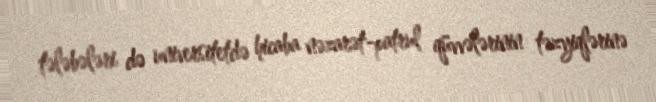
tələbələri də universitetdə hicaba nəzarət-patrul qüvvələrinin təzyiqlərinə